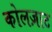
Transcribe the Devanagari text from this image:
कोलज़ाट